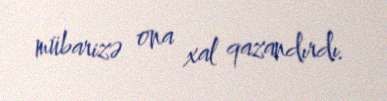
mübarizə ona xal qazandırdı.